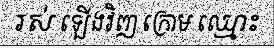
រស់ ឡើងវិញ ក្រោម ឈ្មោះ